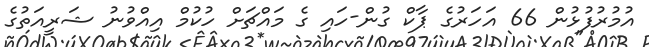
އުމުރުފުޅުން 66 އަހަރުގެ ޕާކް ގުން-ހައި ގެ މައްޗަށް ހުކުމް އިއްވުނު ޝަރީއަތުގެ